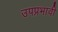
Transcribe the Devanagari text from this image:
उपप्रभावी